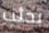
بحثت